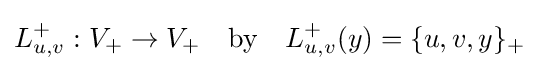
L_{u,v}^{+}:V_{+}\to V_{+}\quad {\text{by}}\quad L_{u,v}^{+}(y)=\{u,v,y\}_{+}